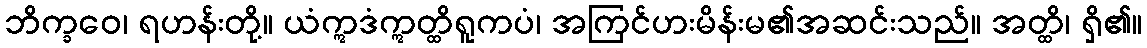
ဘိက္ခဝေ၊ ရဟန်းတို့။ ယံဣဒံဣတ္ထိရူကပံ၊ အကြင်ဟးမိန်းမ၏အဆင်းသည်။ အတ္ထိ၊ ရှိ၏။